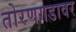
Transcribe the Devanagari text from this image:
तोरणगडावर